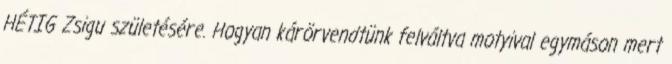
HÉTIG Zsigu születésére. Hogyan kárörvendtünk felváltva motyival egymáson mert